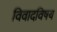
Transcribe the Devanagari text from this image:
विवादविषय